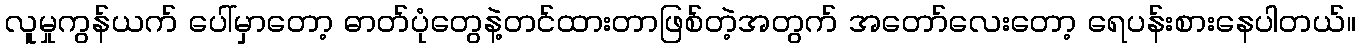
လူမှုကွန်ယက် ပေါ်မှာတော့ ဓာတ်ပုံတွေနဲ့တင်ထားတာဖြစ်တဲ့အတွက် အတော်လေးတော့ ရေပန်းစားနေပါတယ်။